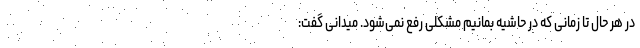
در هر حال تا زمانی که در حاشیه بمانیم مشکلی رفع نمی‌شود. میدانی گفت: